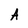
Character: A